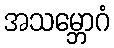
အသမ္ဘောဂံ